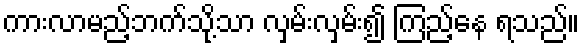
ကားလာမည့်ဘက်သို့သာ လှမ်းလှမ်း၍ ကြည့်နေ ရသည်။